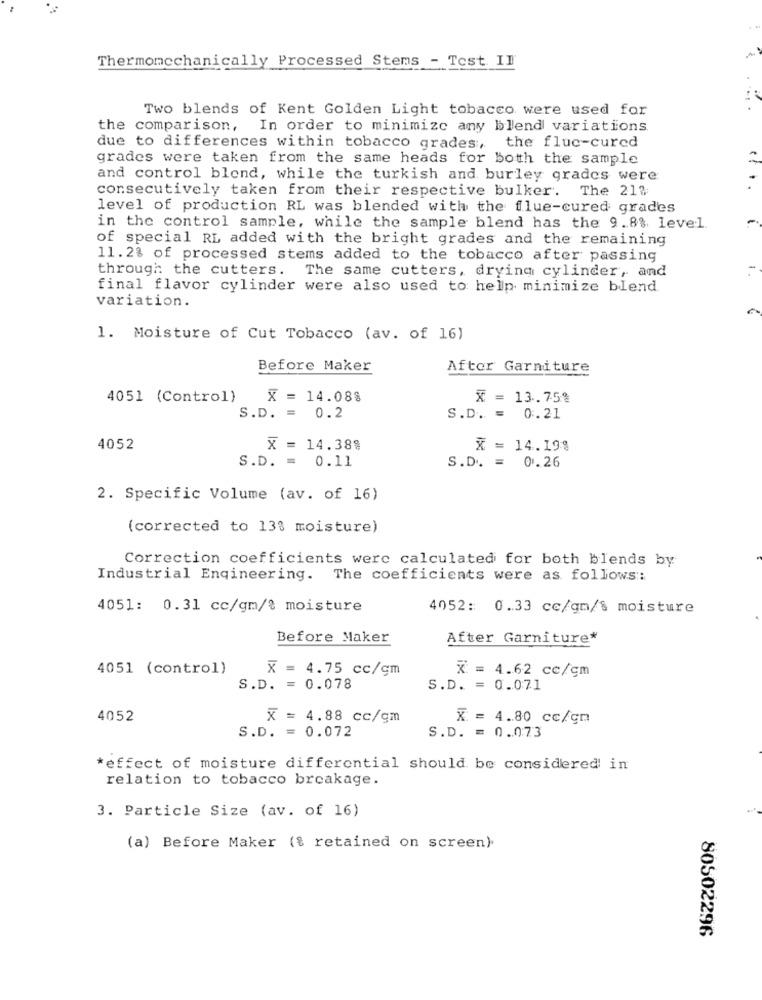
Thermomechanically Processed Stems - Test II
Two blends of Kent Golden Light tobacco were used for
the comparison, In order to minimize any blend variations.
due to differences within tobacco grades, the fluc-cured
grades were taken from the same heads for both the sample
and control blond, while the turkish and burley grades were
....
consecutively taken from their respective bulker. The 21?
level of production RL was blended with the flue-cured grades
in the control sample, while the sample blend has the 9.8% level
of special RL added with the bright grades and the remaining
11. 2% of processed stems added to the tobacco after passing
through the cutters. The same cutters, drying cylinder, and
final flavor cylinder were also used to help minimize blend
variation.
1. Moisture of Cut Tobacco (av. of 16)
Before Maker
After Garniture
4051 (Control)
X = 14.088
x = 13.75%
S.D. = 0.2
S.D. = 0.21
4052
X = 14.38%
X = 14.19%
S.D. = 0.11
S.D. = 0.26
2. Specific Volume (av. of 16)
(corrected to 13% moisture)
Correction coefficients were calculated for both blends by
Industrial Engineering. The coefficients were as follows ::
4051: 0.31 cc/gm/{ moisture
4052: 0.33 cc/gm/S moisture
Before Maker
After Garniture*
4051 (control)
X = 4.75 cc/gm
x = 4.62 cc/cm
S.D. = 0.078
S.D. = 0.071
4052
X = 4.88 cc/gm
x = 4.80 cc/gm
S.D. = 0.072
S.D. = 0.073
*effect of moisture differential should be considered in
relation to tobacco breakage.
3. Particle Size (av. of 16)
(a) Before Maker (% retained on screen)
80502296